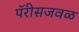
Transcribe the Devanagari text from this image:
पॅरीसजवळ